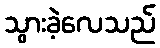
သွားခဲ့လေသည်